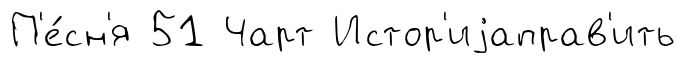
П'е́сн'я 51 Чарт Истор'иjаправ'ить